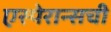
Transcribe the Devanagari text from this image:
एस्पेरान्सची